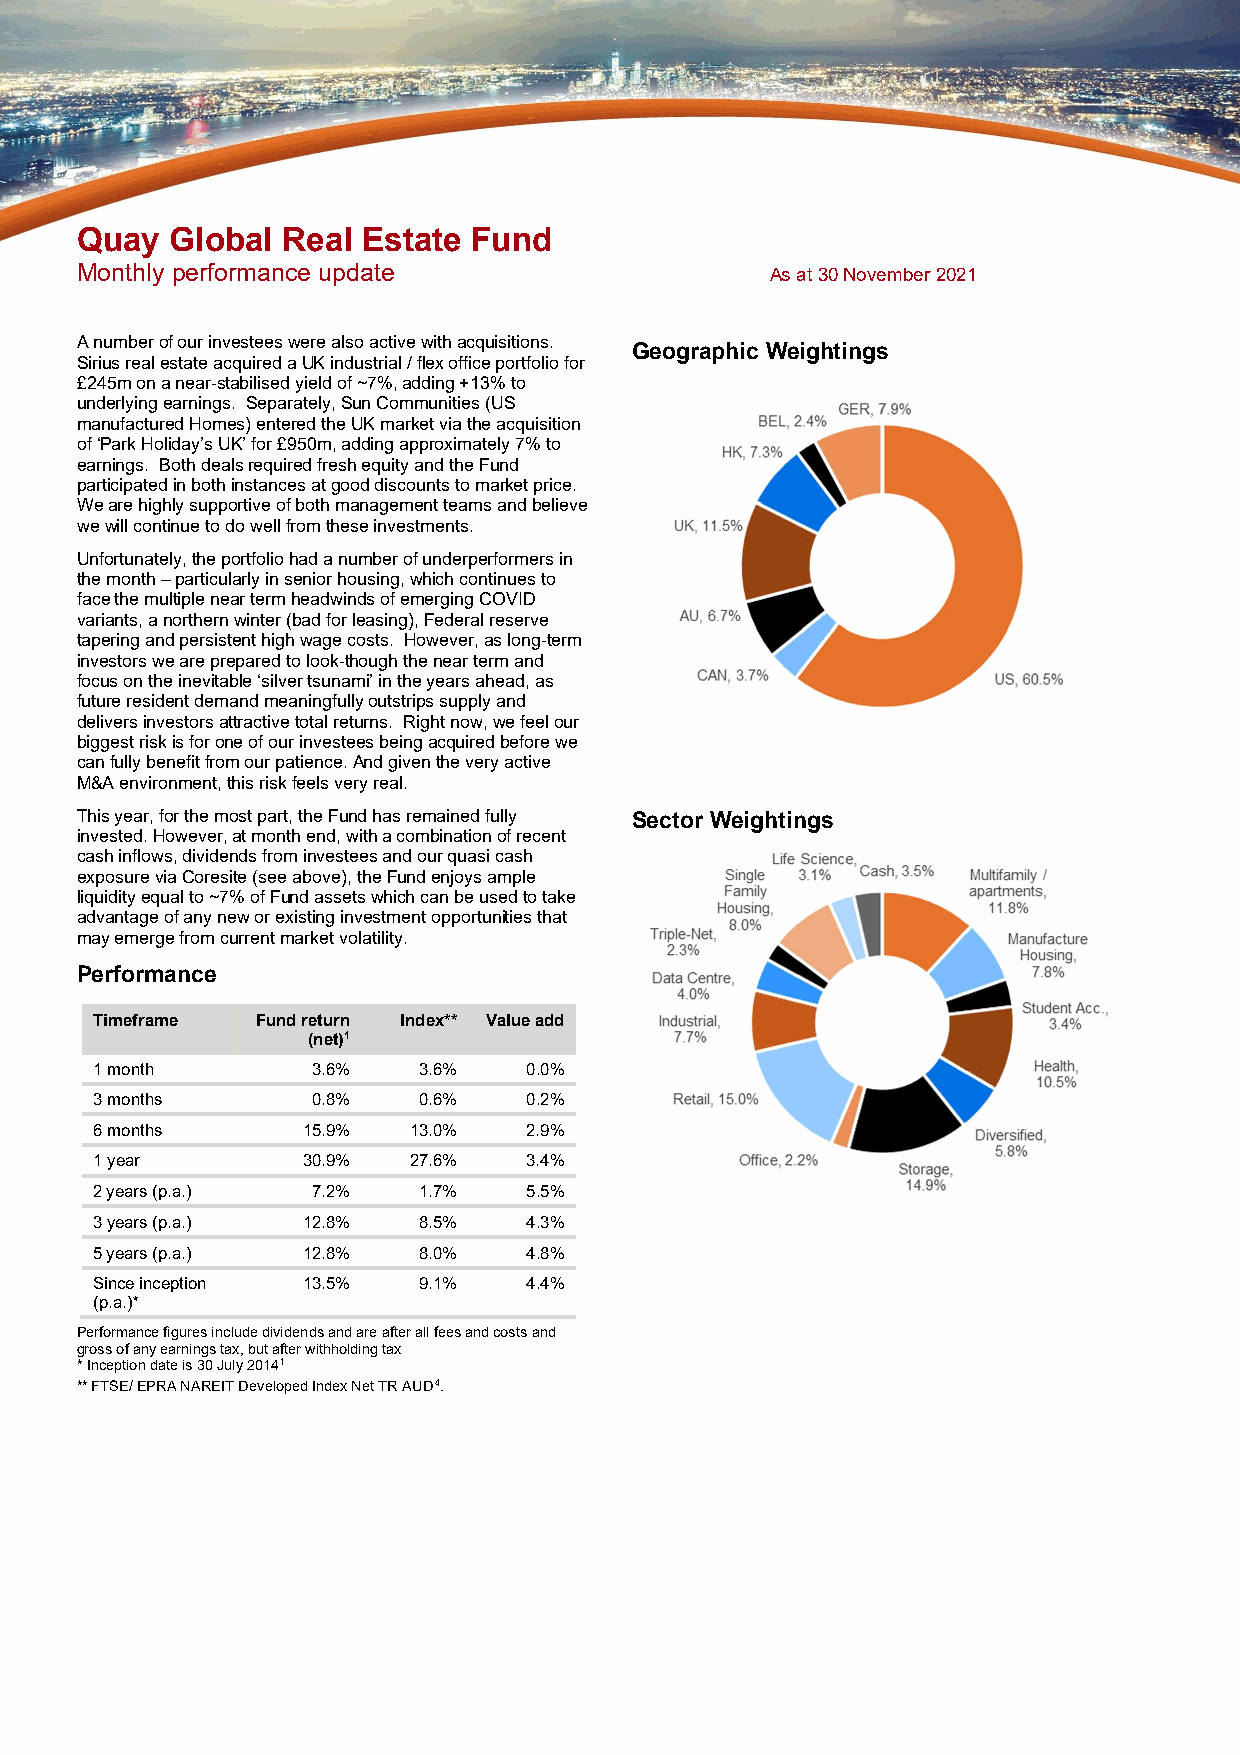
Quay  Global  Real Estate Fund
 Monthly performance update                    As at 30 November 2021
 A number of our investees were also active with acquisitions.
 Geographic Weightings
 Sirius real estate acquired a UK industrial / flex office portfolio for
 £245m on a near-stabilised yield of ~7%, adding +13% to
 underlying earnings. Separately, Sun Communities (US
 manufactured Homes) entered the UK market via the acquisition
 of ‘Park Holiday’s UK’ for £950m, adding approximately 7% to
 earnings. Both deals required fresh equity and the Fund
 participated in both instances at good discounts to market price.
 We are highly supportive of both management teams and believe
 we will continue to do well from these investments.
 Unfortunately, the portfolio had a number of underperformers in
 the month – particularly in senior housing, which continues to
 face the multiple near term headwinds of emerging COVID
 variants, a northern winter (bad for leasing), Federal reserve
 tapering and persistent high wage costs. However, as long-term
 investors we are prepared to look-though the near term and
 focus on the inevitable ‘silver tsunami’ in the years ahead, as
 future resident demand meaningfully outstrips supply and
 delivers investors attractive total returns. Right now, we feel our
 biggest risk is for one of our investees being acquired before we
 can fully benefit from our patience. And given the very active
 M&A environment, this risk feels very real.
 This year, for the most part, the Fund has remained fully Sector Weightings
 invested. However, at month end, with a combination of recent
 cash inflows, dividends from investees and our quasi cash
 exposure via Coresite (see above), the Fund enjoys ample
 liquidity equal to ~7% of Fund assets which can be used to take
 advantage of any new or existing investment opportunities that
 may emerge from current market volatility.
 Performance
 Timeframe  Fund return Index** Value add
 (net)1
 1 month        3.6%   3.6%   0.0%
 3 months       0.8%   0.6%   0.2%
 6 months      15.9%  13.0%   2.9%
 1 year        30.9%  27.6%   3.4%
 2 years (p.a.) 7.2%   1.7%   5.5%
 3 years (p.a.) 12.8%  8.5%   4.3%
 5 years (p.a.) 12.8%  8.0%   4.8%
 Since inception 13.5% 9.1%   4.4%
 (p.a.)*
 Performance figures include dividends and are after all fees and costs and
 gross of any earnings tax, but after withholding tax
 * Inception date is 30 July 20141
 ** FTSE/ EPRA NAREIT Developed Index Net TR AUD4.